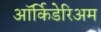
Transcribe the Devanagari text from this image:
ऑर्किडेरिअम